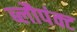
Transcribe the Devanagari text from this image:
ब्लौपंक्ट